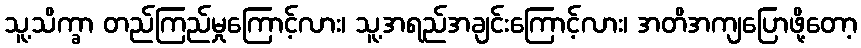
သူ့သိက္ခာ တည်ကြည်မှုကြောင့်လား၊ သူ့အရည်အချင်းကြောင့်လား၊ အတိအကျပြောဖို့တော့